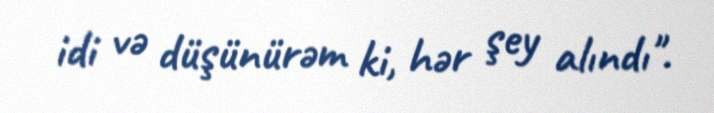
idi və düşünürəm ki, hər şey alındı".